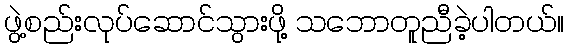
ဖွဲ့စည်းလုပ်ဆောင်သွားဖို့ သဘောတူညီခဲ့ပါတယ်။